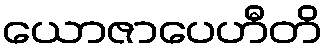
ယောဇာပေဟီတိ